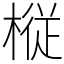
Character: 𫞋